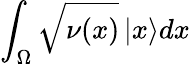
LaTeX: \int_{\Omega}\sqrt{\nu(x)}\left|x\right\rangle dx